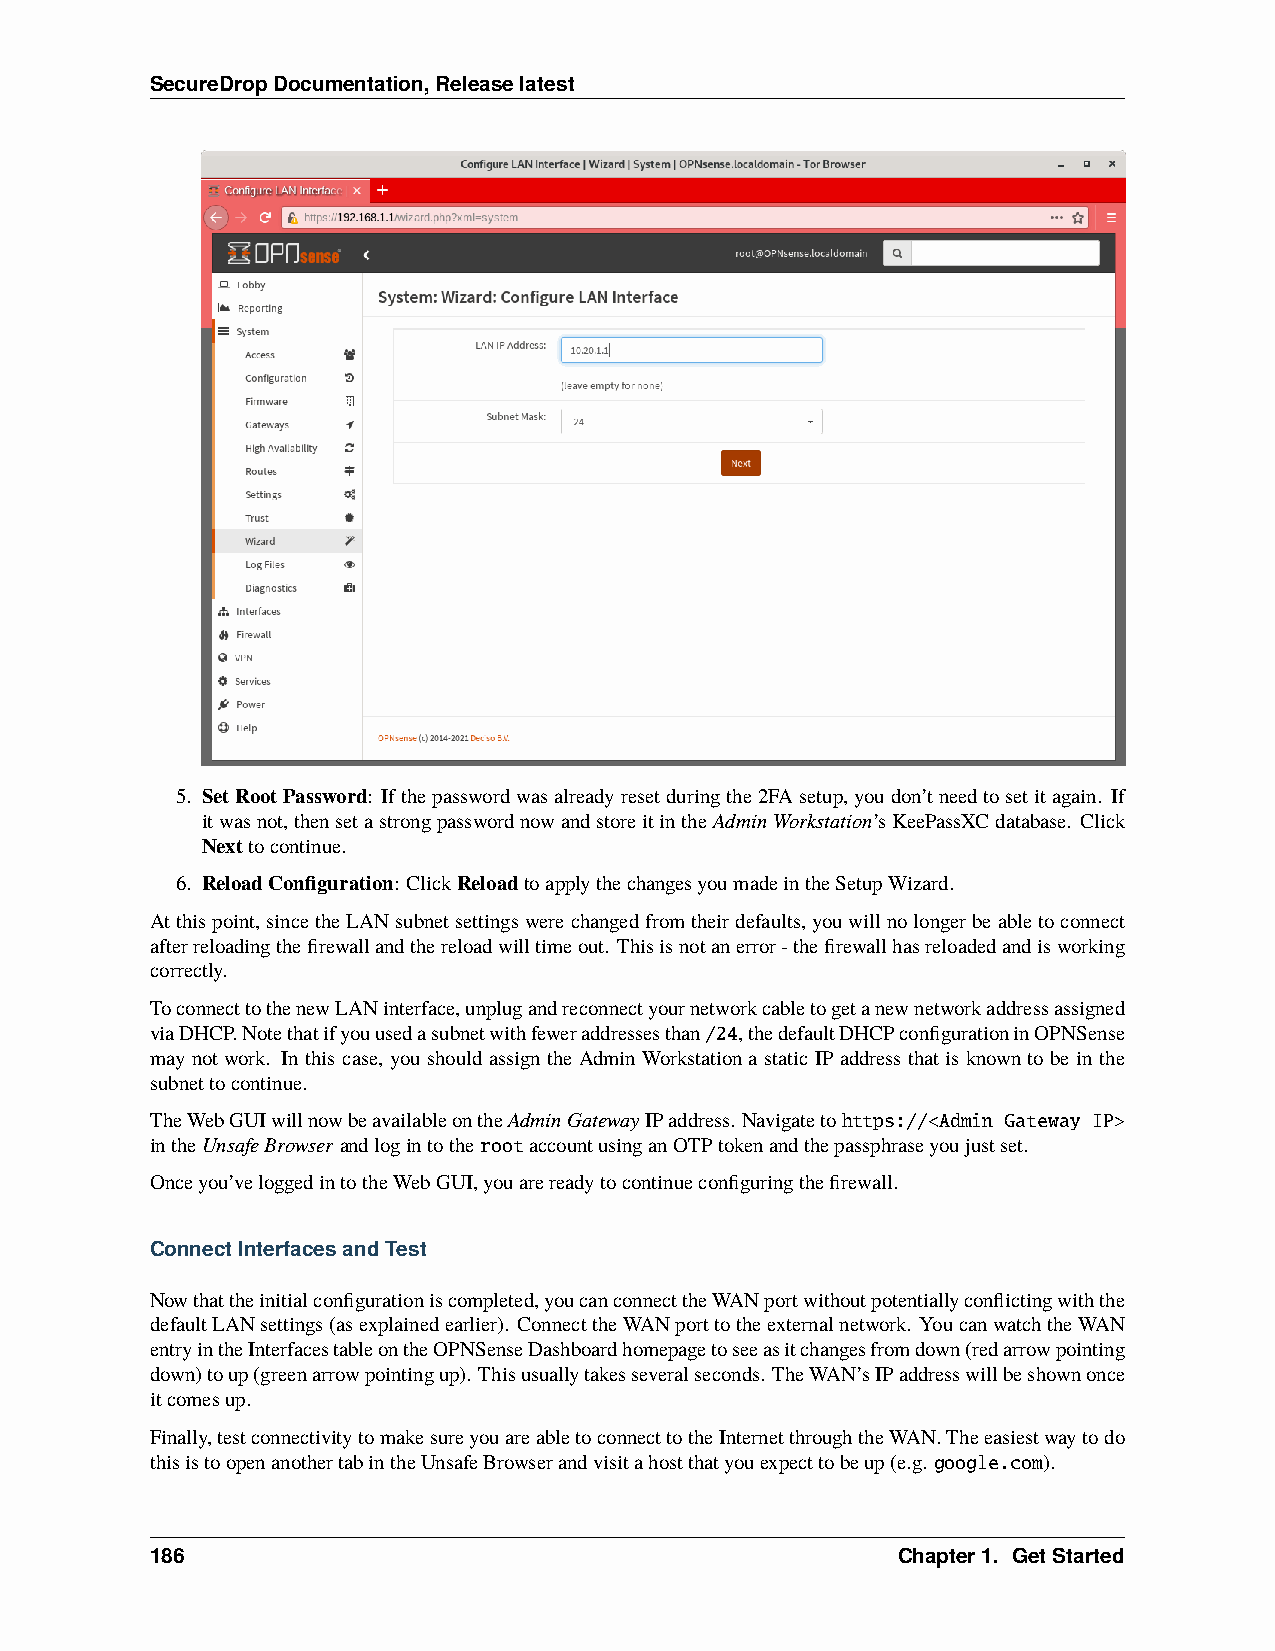
SecureDropDocumentation,Releaselatest
 5. SetRootPassword: Ifthepasswordwasalreadyresetduringthe2FAsetup,youdon’tneedtosetitagain. If
 itwasnot,thensetastrongpasswordnowandstoreitintheAdminWorkstation’sKeePassXCdatabase. Click
 Nexttocontinue.
 6. ReloadConfiguration: ClickReloadtoapplythechangesyoumadeintheSetupWizard.
 Atthispoint,sincetheLANsubnetsettingswerechangedfromtheirdefaults,youwillnolongerbeabletoconnect
 afterreloadingthefirewallandthereloadwilltimeout. Thisisnotanerror-thefirewallhasreloadedandisworking
 correctly.
 ToconnecttothenewLANinterface,unplugandreconnectyournetworkcabletogetanewnetworkaddressassigned
 viaDHCP.Notethatifyouusedasubnetwithfeweraddressesthan/24,thedefaultDHCPconfigurationinOPNSense
 may not work. In this case, you should assign the Admin Workstation a static IP address that is known to be in the
 subnettocontinue.
 TheWebGUIwillnowbeavailableontheAdminGatewayIPaddress. Navigatetohttps://<Admin Gateway IP>
 intheUnsafeBrowserandlogintotherootaccountusinganOTPtokenandthepassphraseyoujustset.
 Onceyou’veloggedintotheWebGUI,youarereadytocontinueconfiguringthefirewall.
 ConnectInterfacesandTest
 Nowthattheinitialconfigurationiscompleted,youcanconnecttheWANportwithoutpotentiallyconflictingwiththe
 defaultLANsettings(asexplainedearlier). ConnecttheWANporttotheexternalnetwork. YoucanwatchtheWAN
 entryintheInterfacestableontheOPNSenseDashboardhomepagetoseeasitchangesfromdown(redarrowpointing
 down)toup(greenarrowpointingup). Thisusuallytakesseveralseconds. TheWAN’sIPaddresswillbeshownonce
 itcomesup.
 Finally,testconnectivitytomakesureyouareabletoconnecttotheInternetthroughtheWAN.Theeasiestwaytodo
 thisistoopenanothertabintheUnsafeBrowserandvisitahostthatyouexpecttobeup(e.g. google.com).
 186                                              Chapter1. GetStarted